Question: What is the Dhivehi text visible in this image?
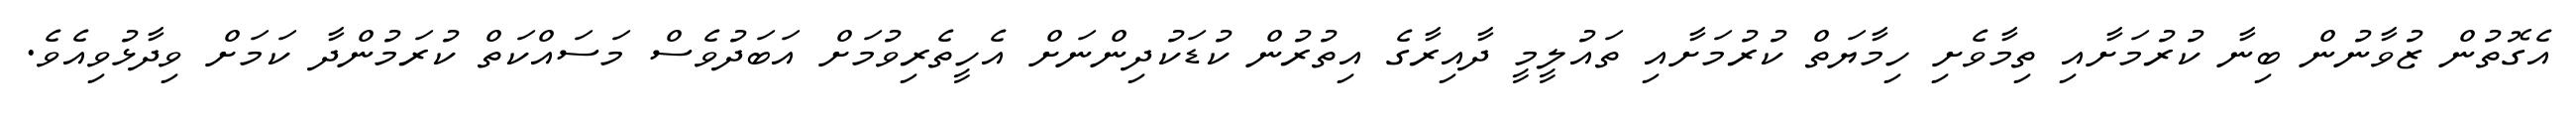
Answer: އެގޮތުން ޒުވާނުން ބިނާ ކުރުމަށާއި ތިމާވެށި ހިމާޔަތް ކުރުމަށާއި ތައުލީމީ ދާއިރާގެ އިތުރުން ކުޑަކުދިންނަށް އެހީތެރިވުމަށް އަބަދުވެސް މަސައްކަތް ކުރަމުންދާ ކަމަށް ވިދާޅުވިއެވެ.